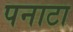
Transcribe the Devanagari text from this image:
पनाटा